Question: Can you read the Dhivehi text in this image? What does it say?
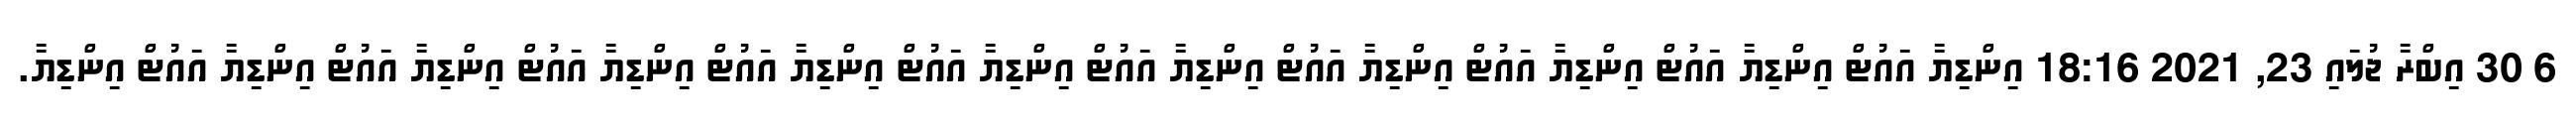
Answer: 6 30 އިބްރާ ޖުލައި 23, 2021 18:16 އިންޑިޔާ އައުޓް އިންޑިޔާ އައުޓް އިންޑިޔާ އައުޓް އިންޑިޔާ އައުޓް އިންޑިޔާ އައުޓް އިންޑިޔާ އައުޓް އިންޑިޔާ އައުޓް އިންޑިޔާ އައުޓް އިންޑިޔާ އައުޓް އިންޑިޔާ އައުޓް އިންޑިޔާ.